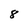
Character: 8